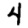
Digit: 4